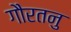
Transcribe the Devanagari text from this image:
गौरतनु